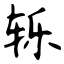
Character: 轹